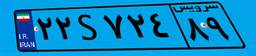
۷۵S۳۱۰۹۶